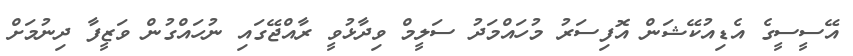
އޭސީސީގެ އެޑިއުކޭޝަން އޮފިސަރު މުހައްމަދު ސަލީމް ވިދާޅުވީ ރާއްޖޭގައި ނުހައްގުން ވަޒީފާ ދިނުމަށް